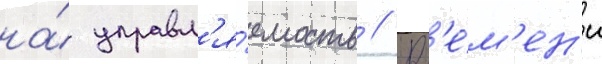
на́ управл'я́емость // Вр'е́м'ен'и